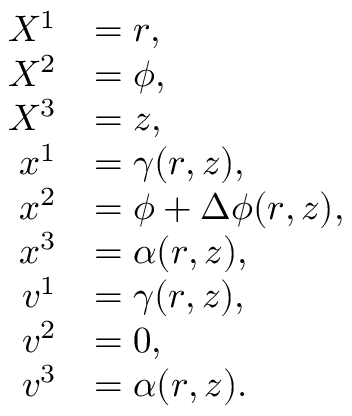
\begin{array} { r l } { X ^ { 1 } } & { = r , } \\ { X ^ { 2 } } & { = \phi , } \\ { X ^ { 3 } } & { = z , } \\ { x ^ { 1 } } & { = \gamma ( r , z ) , } \\ { x ^ { 2 } } & { = \phi + \Delta \phi ( r , z ) , } \\ { x ^ { 3 } } & { = \alpha ( r , z ) , } \\ { v ^ { 1 } } & { = \gamma ( r , z ) , } \\ { v ^ { 2 } } & { = 0 , } \\ { v ^ { 3 } } & { = \alpha ( r , z ) . } \end{array}